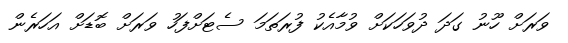
ވަރަށް ހޫނު ގަދަ ދުވަހަކަށް ވުމާއެކު ފުރަތަމަ ސެޓަށްފަހު ވަރަށް ބޮޑަށް އަހަރެން